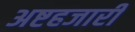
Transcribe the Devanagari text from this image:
अष्टहजारी